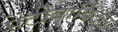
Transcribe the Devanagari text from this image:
पेंटोबार्बिटल